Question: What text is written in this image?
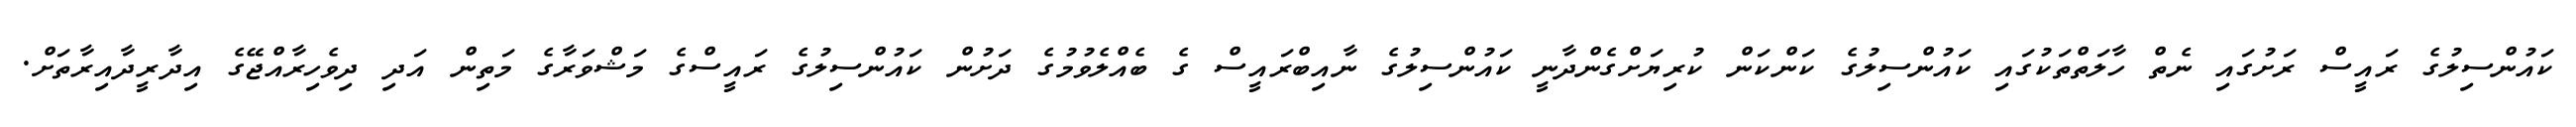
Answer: ކައުންސިލުގެ ރައީސް ރަށުގައި ނެތް ހާލަތްތަކުގައި ކައުންސިލުގެ ކަންކަން ކުރިޔަށްގެންދާނީ ކައުންސިލުގެ ނާއިބްރައީސް ގެ ބެއްލެވުމުގެ ދަށުން ކައުންސިލުގެ ރައީސްގެ މަޝްވަރާގެ މަތިން އަދި ދިވެހިރާއްޖޭގެ އިދާރީދާއިރާތަށް.